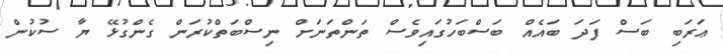
ޢަރަބި ބަސް ފަދަ ބައެއް ބަސްބަހުގައިވެސް ތަންތަނަށް ނިސްބަތްކުރަން ގެންގުޅޭ ޔާ ސުކުން